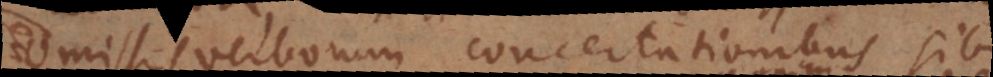
omissis verborum concertationibus sibi